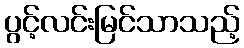
ပွင့်လင်းမြင်သာသည့်